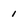
Character: 1